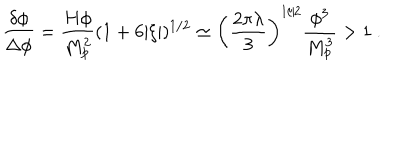
{ \frac { \delta \phi } { \Delta \phi } } = { \frac { H \phi } { M _ { \mathrm { p } } ^ { 2 } } } ( 1 + 6 | \xi | ) ^ { 1 / 2 } \simeq \left( { \frac { 2 \pi \lambda } { 3 } } \right) ^ { 1 / 2 } { \frac { \phi ^ { 3 } } { M _ { \mathrm { p } } ^ { 3 } } } > 1 \ .